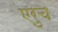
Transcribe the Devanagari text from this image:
एरुच